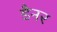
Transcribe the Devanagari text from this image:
डैनर